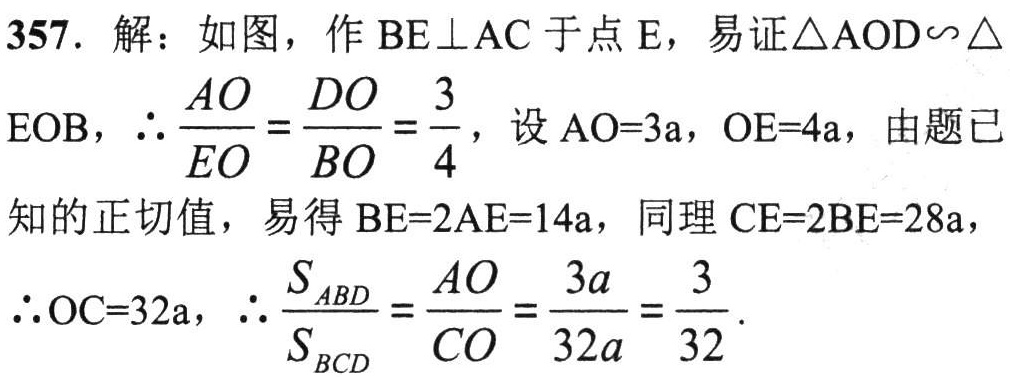
357. 解：如图，作 \(BE\perp AC\) 于点 \(E\)，易证 \(\triangle AOD\sim\triangle EOB\)，\(\therefore\frac{AO}{EO}=\frac{DO}{BO}=\frac{3}{4}\)，设 \(AO = 3a\)，\(OE = 4a\)，由题已知的正切值，易得 \(BE = 2AE=14a\)，同理 \(CE = 2BE = 28a\)，\(\therefore OC = 32a\)，\(\therefore\frac{S_{ABD}}{S_{BCD}}=\frac{AO}{CO}=\frac{3a}{32a}=\frac{3}{32}\)。